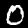
Digit: 0